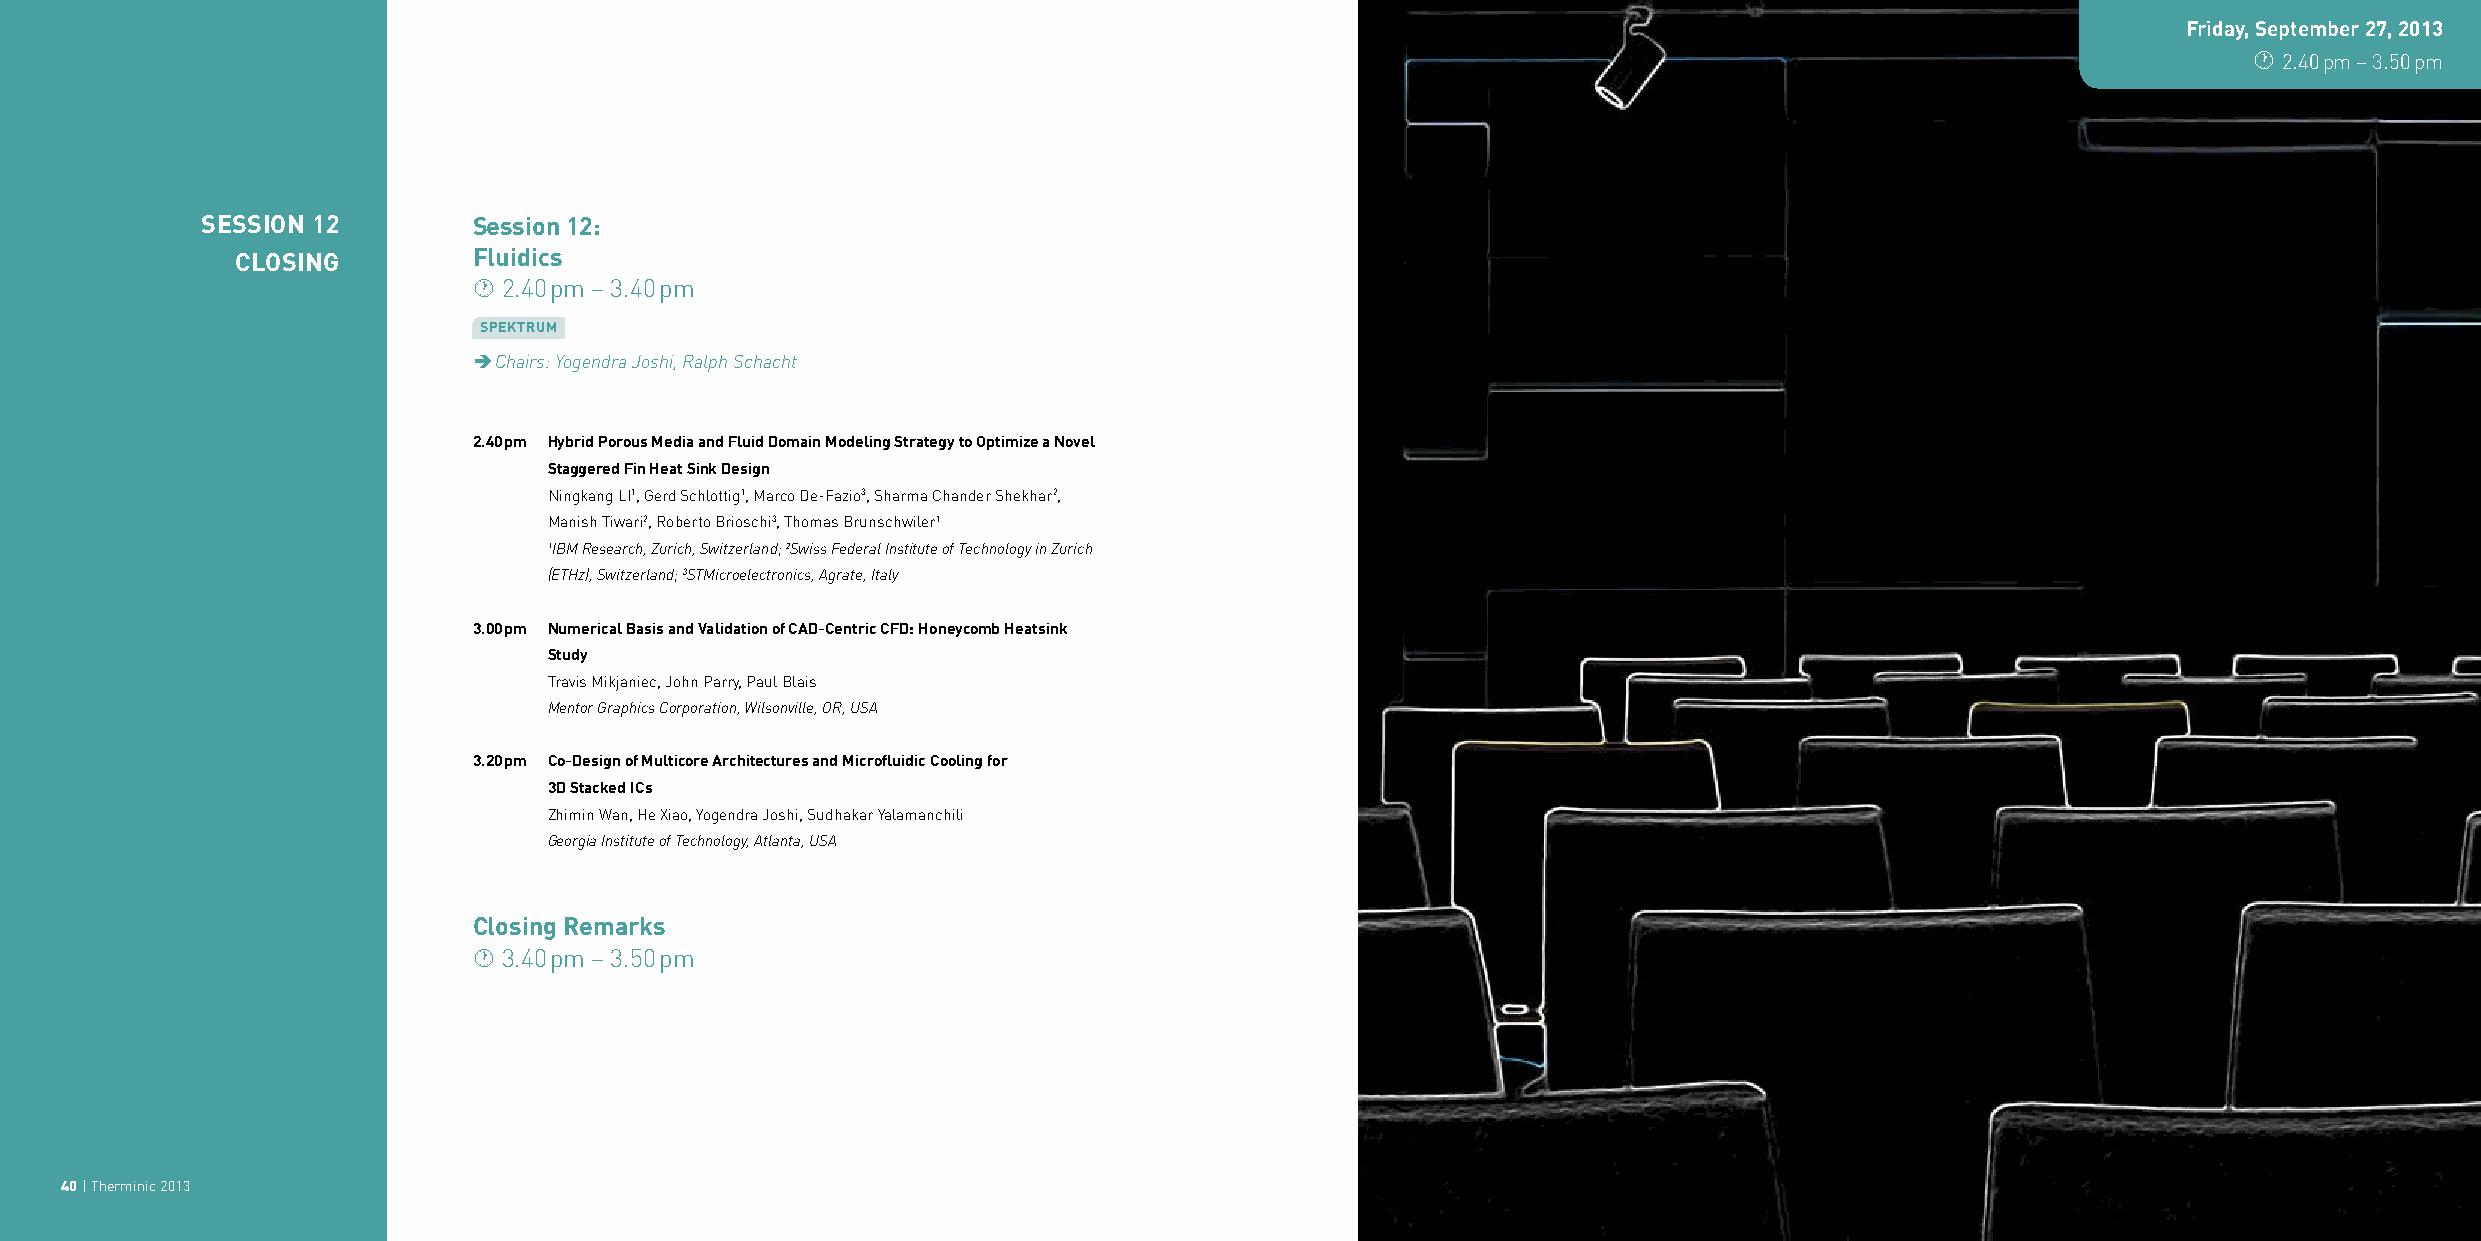
Friday, September 27, 2013
  2.40 pm – 3.50 pm
 SeSSion 12        Session 12:
 CloSing        Fluidics
  2.40 pm – 3.40 pm
 SPektrum
  Chairs: Yogendra Joshi, Ralph Schacht
 2.40 pm Hybrid Porous Media and Fluid Domain Modeling Strategy to Optimize a Novel
 Staggered Fin Heat Sink Design
 Ningkang LI1, Gerd Schlottig1, Marco De-Fazio3, Sharma Chander Shekhar2,
 Manish Tiwari2, Roberto Brioschi3, Thomas Brunschwiler1
 1IBM Research, Zurich, Switzerland; 2Swiss Federal Institute of Technology in Zurich
 (ETHz), Switzerland; 3STMicroelectronics, Agrate, Italy
 3.00 pm Numerical Basis and Validation of CAD-Centric CFD: Honeycomb Heatsink
 Study
 Travis Mikjaniec, John Parry, Paul Blais
 Mentor Graphics Corporation, Wilsonville, OR, USA
 3.20 pm Co-Design of Multicore Architectures and Microfluidic Cooling for
 3D Stacked ICs
 Zhimin Wan, He Xiao, Yogendra Joshi, Sudhakar Yalamanchili
 Georgia Institute of Technology, Atlanta, USA
 Closing Remarks
  3.40 pm – 3.50 pm
 40 | Therminic 2013                                                                                                                                 Therminic 2013 | 41